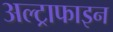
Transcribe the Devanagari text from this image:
अल्ट्राफाइन